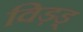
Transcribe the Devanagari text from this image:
विड़ड्